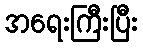
အရေးကြီးပြီး